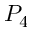
P _ { 4 }